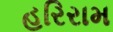
હરિરામ